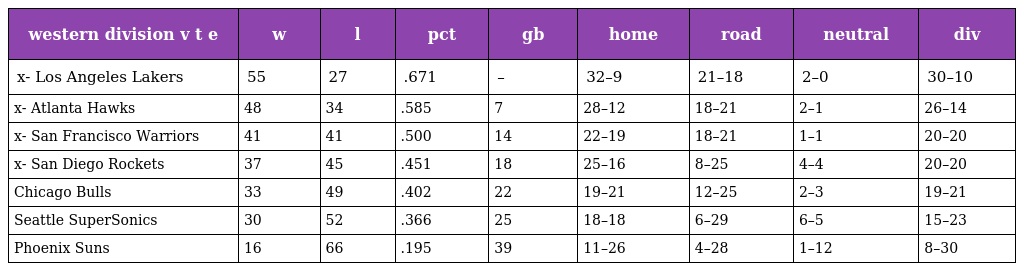
| western division v t e | w | l | pct | gb | home | road | neutral | div |
 | --- | --- | --- | --- | --- | --- | --- | --- | --- |
 | x- Los Angeles Lakers | 55 | 27 | .671 | – | 32–9 | 21–18 | 2–0 | 30–10 |
 | x- Atlanta Hawks | 48 | 34 | .585 | 7 | 28–12 | 18–21 | 2–1 | 26–14 |
 | x- San Francisco Warriors | 41 | 41 | .500 | 14 | 22–19 | 18–21 | 1–1 | 20–20 |
 | x- San Diego Rockets | 37 | 45 | .451 | 18 | 25–16 | 8–25 | 4–4 | 20–20 |
 | Chicago Bulls | 33 | 49 | .402 | 22 | 19–21 | 12–25 | 2–3 | 19–21 |
 | Seattle SuperSonics | 30 | 52 | .366 | 25 | 18–18 | 6–29 | 6–5 | 15–23 |
 | Phoenix Suns | 16 | 66 | .195 | 39 | 11–26 | 4–28 | 1–12 | 8–30 |